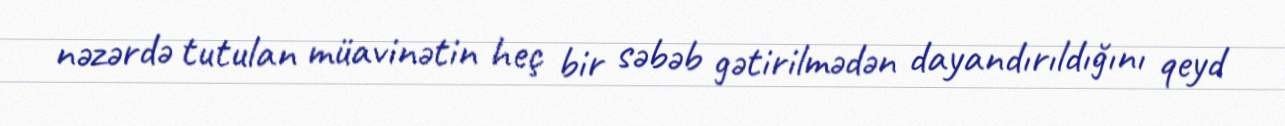
nəzərdə tutulan müavinətin heç bir səbəb gətirilmədən dayandırıldığını qeyd